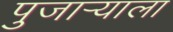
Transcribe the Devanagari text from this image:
पुजार्‍याला